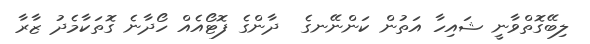
ލިބޭގޮތްވާނީ ޝައިހާ އަތުން ކަންނޭނގެ  ދާންގެ ފޮޓޯއެއް ހޯދާނެ ގޮތަކާމެދު ޒާރާ